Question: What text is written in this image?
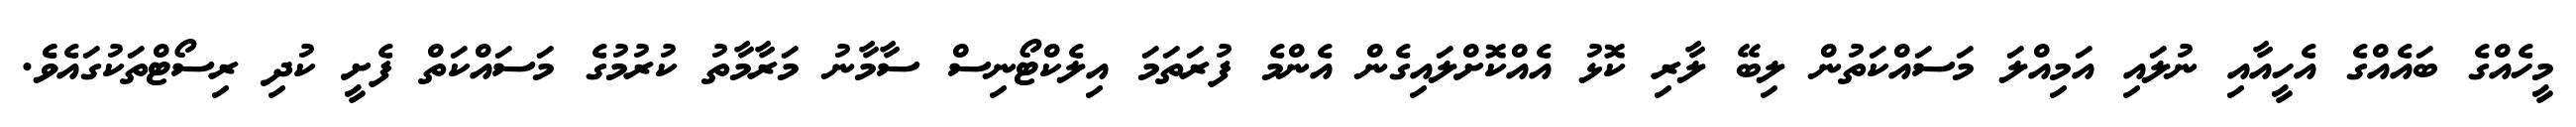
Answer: މީހެއްގެ ބައެއްގެ އެހީއާއި ނުލައި އަމިއްލަ މަސައްކަތުން ލިބޭ ލާރި ކޮޅު އެއްކޮށްލައިގެން އެންމެ ފުރަތަމަ އިލެކްޓޯނިސް ސާމާނު މަރާމާތު ކުރުމުގެ މަސައްކަތް ފެށީ ކުދި ރިސޯޓްތަކުގައެވެެ.